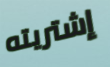
إشتريته